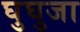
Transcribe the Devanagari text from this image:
घुघुजा